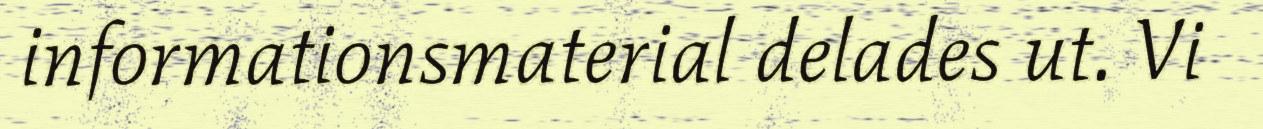
informationsmaterial delades ut. Vi